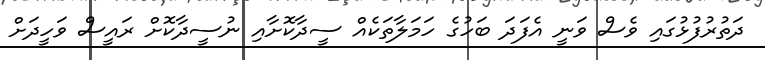
ދަތުރުފުޅުގައި ވެސް ވަނީ އެފަދަ ބަހުގެ ހަމަލާތަކެއް ސީދާކޮށާއި ނުސީދާކޮށް ރައީސް ވަހީދަށް